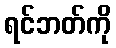
ရင်ဘတ်ကို